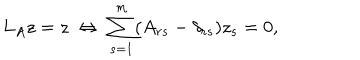
L _ { A } z = z \; \Leftrightarrow \; \sum _ { s = 1 } ^ { m } ( A _ { r s } - \delta _ { r s } ) z _ { s } = 0 , \nonumber